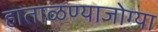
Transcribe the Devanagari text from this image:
हाताळण्याजोग्या